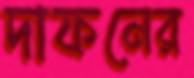
দাফনের